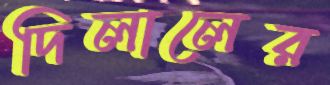
দিলালের